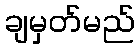
ချမှတ်မည်